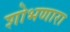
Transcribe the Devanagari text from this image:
शोभणारा